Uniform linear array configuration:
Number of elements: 4
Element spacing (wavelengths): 0.75
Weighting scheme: cosine
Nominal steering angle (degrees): -15
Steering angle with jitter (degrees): -16.422
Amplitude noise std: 0.05
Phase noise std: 0.05

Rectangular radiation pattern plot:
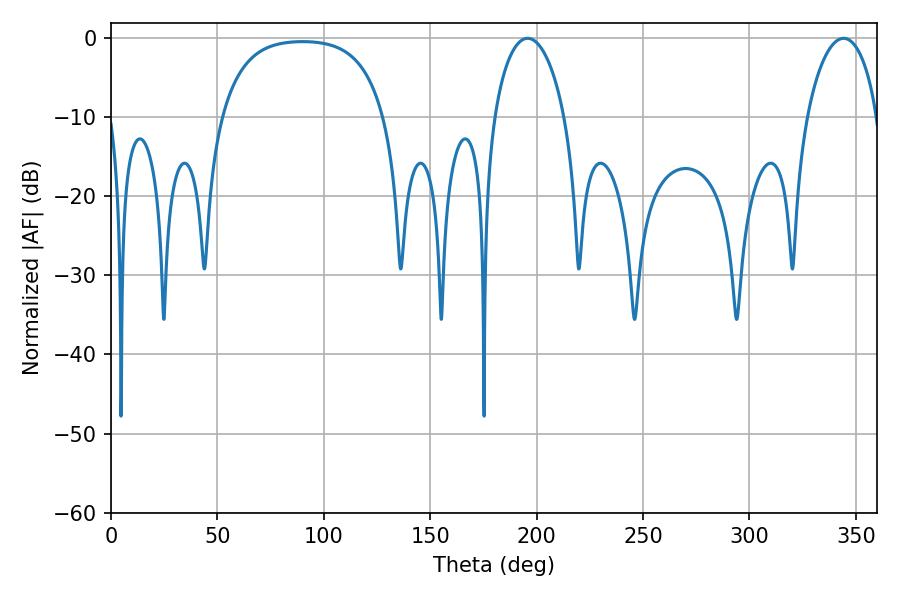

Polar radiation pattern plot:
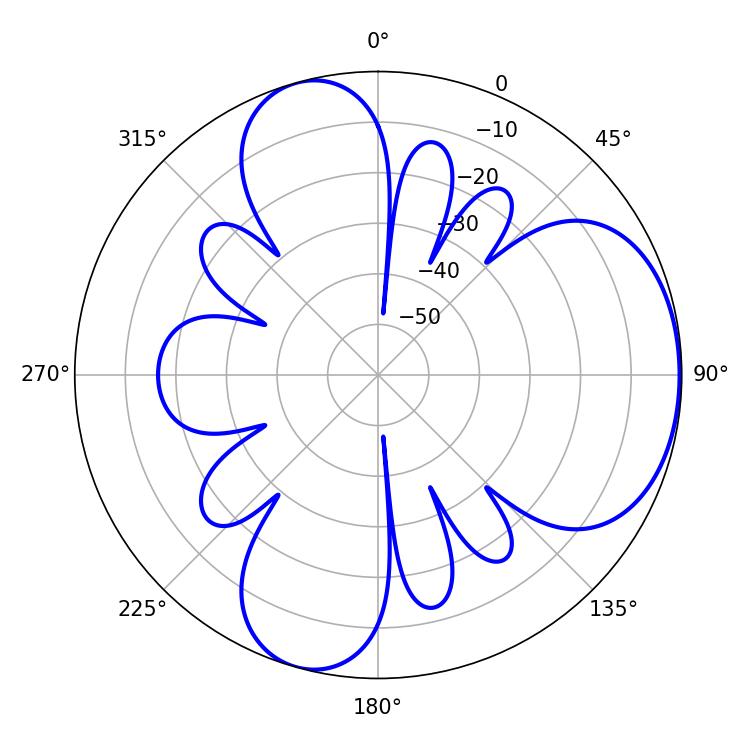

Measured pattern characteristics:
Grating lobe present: TRUE
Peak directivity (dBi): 5.273
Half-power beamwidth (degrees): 19.08
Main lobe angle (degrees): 195.84